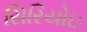
સિરિયોઇ